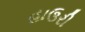
હાઉરી